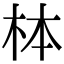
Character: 𪱻